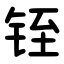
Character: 铚